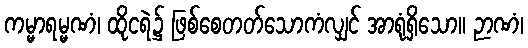
ကမ္မာရမ္မဏံ၊ ထိုငရဲ၌ ဖြစ်စေတတ်သောကံလျှင် အာရုံရှိသော။ ဉာဏံ၊